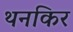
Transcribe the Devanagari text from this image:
थनकिर